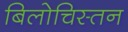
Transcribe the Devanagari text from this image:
बिलोचिस्तन